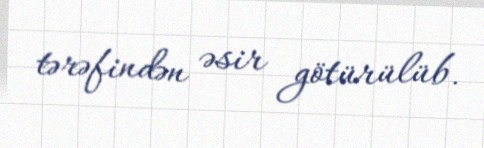
tərəfindən əsir götürülüb.